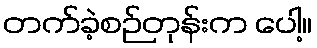
တက်ခဲ့စဉ်တုန်းက ပေါ့။